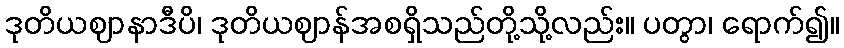
ဒုတိယဈာနာဒီပိ၊ ဒုတိယဈာန်အစရှိသည်တို့သို့လည်း။ ပတွာ၊ ရောက်၍။